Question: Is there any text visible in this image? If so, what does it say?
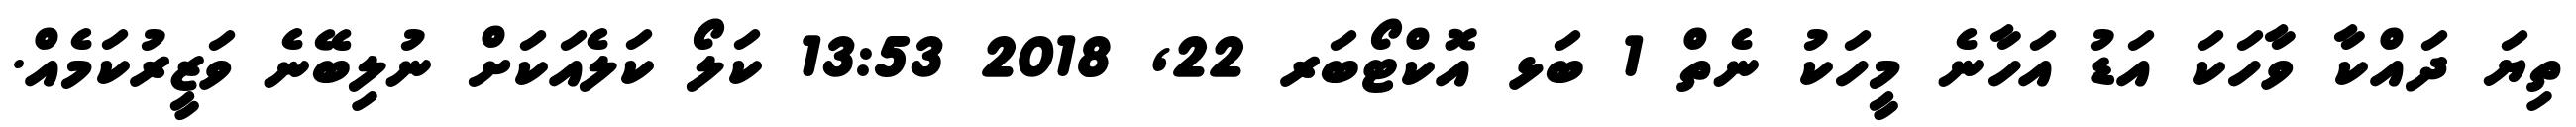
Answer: ތިޔަ ދައްކާ ވާހަކަ އަޑު އަހާނެ މީހަކު ނެތް 1 ބަޅ އޮކްޓޯބަރ 22, 2018 13:53 ކަލޯ ކަލެއަކަށް ނުލިބޭނެ ވަޒީރުކަމެއް.